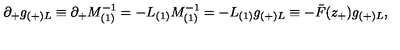
\partial _ { + } g _ { ( + ) L } \equiv \partial _ { + } M _ { ( 1 ) } ^ { - 1 } = - L _ { ( 1 ) } M _ { ( 1 ) } ^ { - 1 } = - L _ { ( 1 ) } g _ { ( + ) L } \equiv - \bar { F } ( z _ { + } ) g _ { ( + ) L } ,